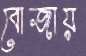
বোজায়